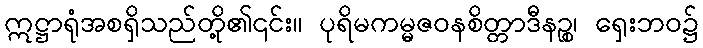
ဣဋ္ဌာရုံအစရှိသည်တို့၏၎င်း။ ပုရိမကမ္မဇဝနစိတ္တာဒီနဉ္စ၊ ရှေးဘဝ၌